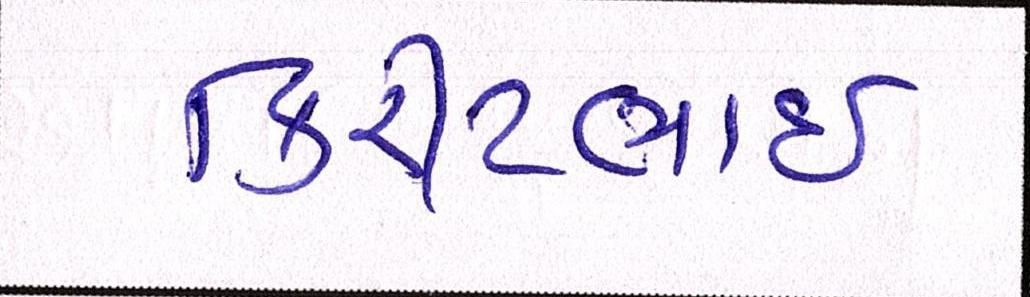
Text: કિરીટભાઈ